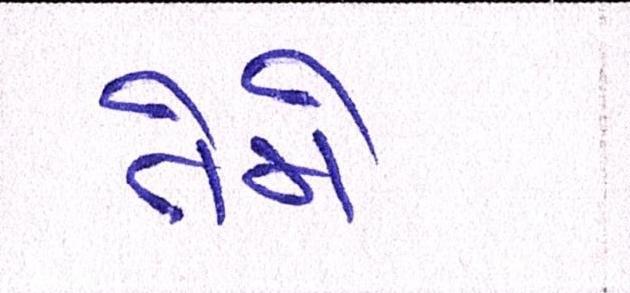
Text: તેમે